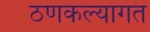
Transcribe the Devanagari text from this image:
ठणकल्यागत